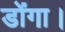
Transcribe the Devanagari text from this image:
डोंगा।